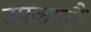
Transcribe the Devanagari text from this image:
उपकालौं